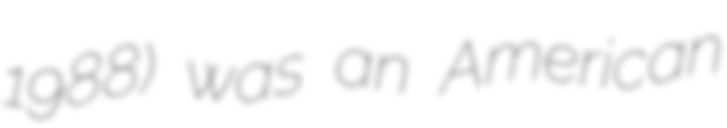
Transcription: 1988) was an American